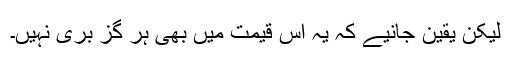
لیکن یقین جانیے کہ یہ اس قیمت میں بھی ہر گز بری نہیں۔